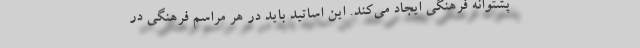
پشتوانه فرهنگی ایجاد می‌کند. این اساتید باید در هر مراسم فرهنگی در